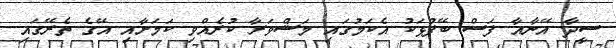
ސީދާ އޭނާއާ ފަސް ބޭފުޅަކު އެކަމުގައި މަޝްވަރާ ކުރެއްވި ކަމަށާއި އޭގެ ތެރޭގައި